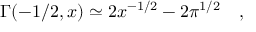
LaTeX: \Gamma ( - 1 / 2 , x ) \simeq 2 x ^ { - 1 / 2 } - 2 \pi ^ { 1 / 2 } ~ ~ ~ ,